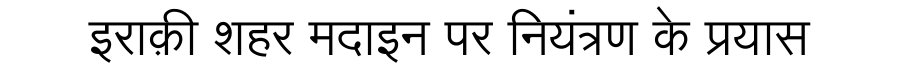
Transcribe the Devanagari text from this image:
इराक़ी शहर मदाइन पर नियंत्रण के प्रयास